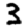
Digit: 3